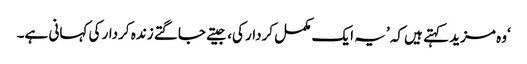
‘وہ مزید کہتے ہیں کہ ’یہ ایک مکمل کردار کی، جیتے جاگتے زندہ کردار کی کہانی ہے۔